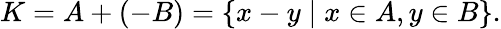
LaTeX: K=A+(-B)=\{ x-y\mid x\in A,y\in B\} .